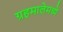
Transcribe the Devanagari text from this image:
ग्रहमालेमध्ये